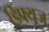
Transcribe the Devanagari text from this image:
डिफ्यूज